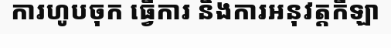
ការហូបចុក ធ្វើការ និងការអនុវត្តកីឡា